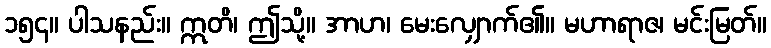
၁၅၄။ ပါသနည်း။ ဣတိ၊ ဤသို့။ အာဟ၊ မေးလျှောက်၏။ မဟာရာဇ၊ မင်းမြတ်။